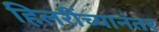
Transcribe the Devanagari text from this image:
हिलरींच्यानंतर